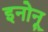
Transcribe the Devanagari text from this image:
इनोनू